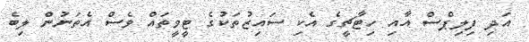
އަދި ފިލިޕްސް އާއި ހިޓާޗީގެ އެކި ސައިޒުތަކުގެ ޓީވީތައް ވެސް އެތަނުން ލިބެ